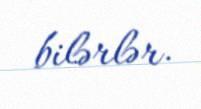
bilərlər.